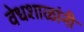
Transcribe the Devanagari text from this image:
वेधशाळांनी